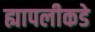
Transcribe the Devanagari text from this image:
ह्यापलीकडे